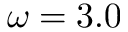
\omega = 3 . 0